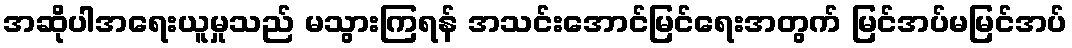
အဆိုပါအရေးယူမှုသည် မသွားကြရန် အသင်းအောင်မြင်ရေးအတွက် မြင်အပ်မမြင်အပ်